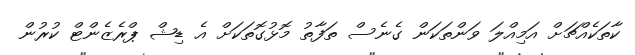
ކާތަކެއްޗަށް އަމިއްލަ ވަންތަކަން ގެނެސް ތަފާތު މޮޅުގޮތަކަށް އެ ޑިޝް ޕްރެޒެންޓް ކުރުން